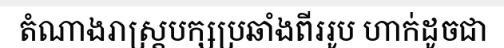
តំណាងរាស្ត្របក្សប្រឆាំងពីររូប ហាក់ដូចជា